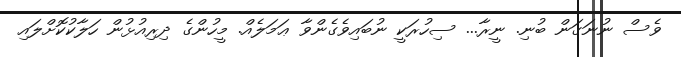
ވެސް ނުނަގަން ބުނި. ނީރާ... ސިހުރަކީ ނުބައިވެގެންވާ ޢަމަލެއް. މީހުންގެ ދިރިއުޅުން ހަލާކުކޮށްލައި